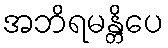
အဘိရမန္တိပေ